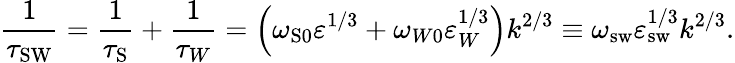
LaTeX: \frac{1}{\tau_{\mathrm{{SW}}}}=\frac{1}{\tau_{\mathrm{S}}}+\frac{1}{\tau_{W}}=\left({\omega_{\mathrm{{S}0}}\varepsilon^{1/3}+\omega_{W0}\varepsilon_{W}^{1/3}}\right)k^{2/3}\equiv\omega_{\mathrm{sw}}\varepsilon_{\mathrm{{sw}}}^{1/3}k^{2/3}.